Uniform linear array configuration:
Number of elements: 8
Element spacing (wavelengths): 0.25
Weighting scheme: blackman
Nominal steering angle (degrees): -45
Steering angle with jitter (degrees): -46.022
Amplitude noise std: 0.05
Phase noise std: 0.05

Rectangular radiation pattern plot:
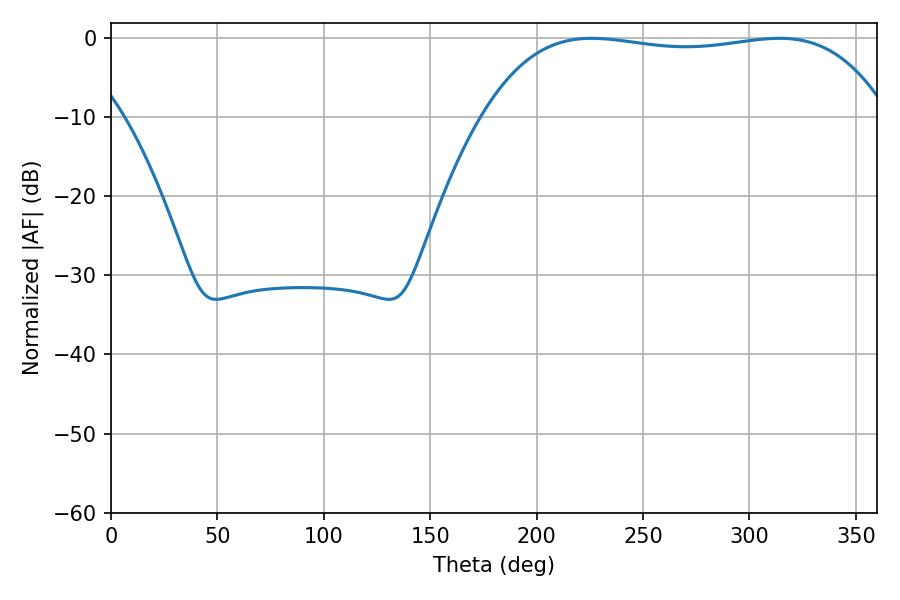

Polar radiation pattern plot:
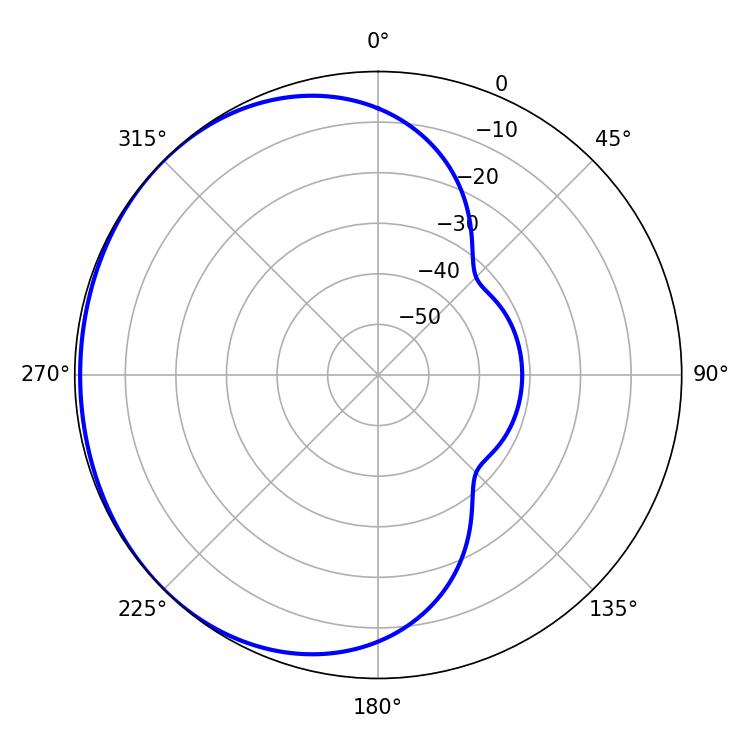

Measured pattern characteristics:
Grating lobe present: FALSE
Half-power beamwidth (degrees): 150.84
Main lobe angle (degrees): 225.9